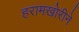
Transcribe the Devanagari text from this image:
हरामखोरीने